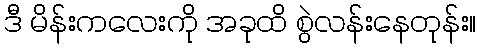
ဒီ မိန်းကလေးကို အခုထိ စွဲလန်းနေတုန်း။